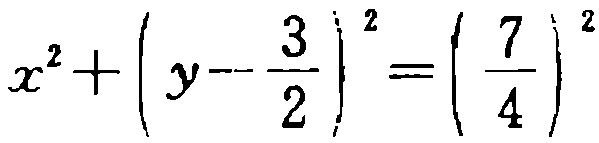
\(x^{2}+\left(y - \frac{3}{2}\right)^{2}=\left(\frac{7}{4}\right)^{2}\)